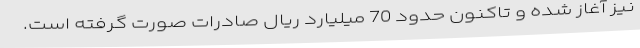
نیز آغاز شده و تاکنون حدود 70 میلیارد ریال صادرات صورت گرفته است.